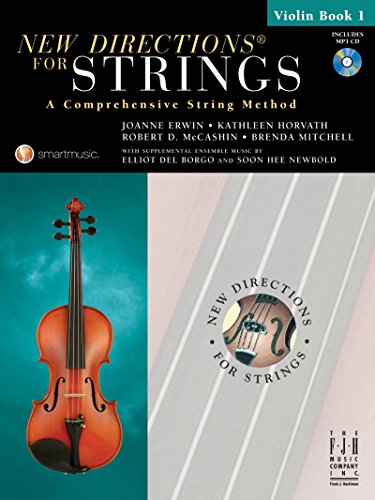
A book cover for New Directions for Strings Violin Book 1; Joanne Erwin; Arts & Photography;